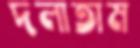
দলাতাম